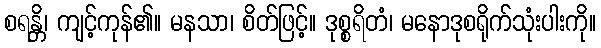
စရန္တိ၊ ကျင့်ကုန်၏။ မနသာ၊ စိတ်ဖြင့်။ ဒုစ္စရိတံ၊ မနောဒုစရိုက်သုံးပါးကို။